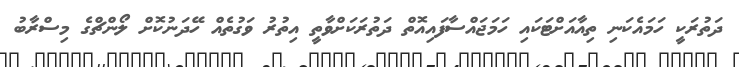
ދަތުރަކީ ހަމައެކަނި ތިއާއަށްޓަކައި ހަމަޖައްސާފައިއޮތް ދަތުރަކަށްވާތީ އިތުރު ވަގުތެއް ހޭދަނުކޮށް ލޯންޗްގެ މިސްރާބު